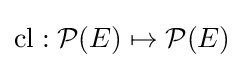
\operatorname {cl} :{\mathcal {P}}(E)\mapsto {\mathcal {P}}(E)